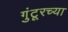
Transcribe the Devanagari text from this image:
गुंटूरच्या